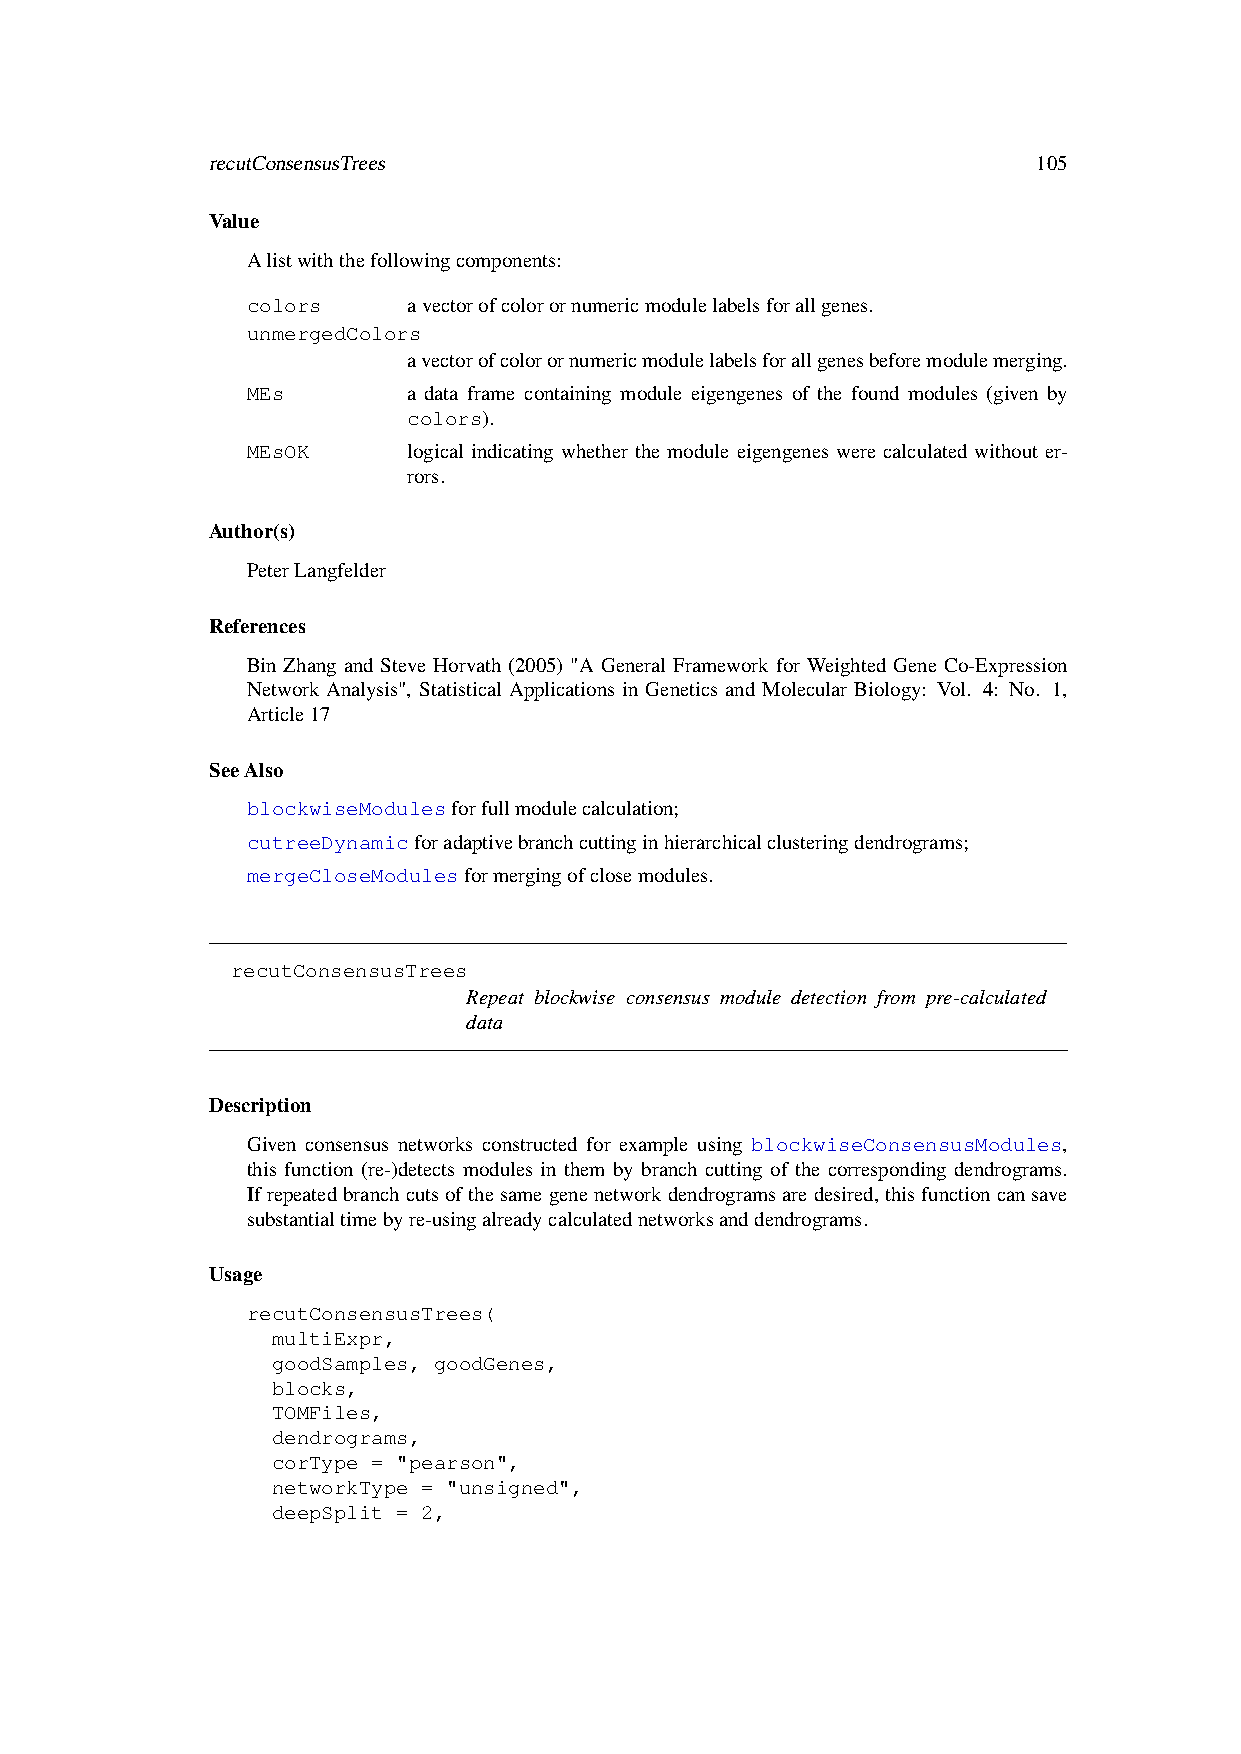
recutConsensusTrees                                    105
 Value
 Alistwiththefollowingcomponents:
 colors     avectorofcolorornumericmodulelabelsforallgenes.
 unmergedColors
 avectorofcolorornumericmodulelabelsforallgenesbeforemodulemerging.
 MEs        a data frame containing module eigengenes of the found modules (given by
 colors).
 MEsOK      logical indicating whether the module eigengenes were calculated without er-
 rors.
 Author(s)
 PeterLangfelder
 References
 Bin Zhang and Steve Horvath (2005) "A General Framework for Weighted Gene Co-Expression
 Network Analysis", Statistical Applications in Genetics and Molecular Biology: Vol. 4: No. 1,
 Article17
 SeeAlso
 blockwiseModulesforfullmodulecalculation;
 cutreeDynamicforadaptivebranchcuttinginhierarchicalclusteringdendrograms;
 mergeCloseModulesformergingofclosemodules.
 recutConsensusTrees
 Repeat blockwise consensus module detection from pre-calculated
 data
 Description
 Given consensus networks constructed for example using blockwiseConsensusModules,
 this function (re-)detects modules in them by branch cutting of the corresponding dendrograms.
 Ifrepeatedbranchcutsofthesamegenenetworkdendrogramsaredesired, thisfunctioncansave
 substantialtimebyre-usingalreadycalculatednetworksanddendrograms.
 Usage
 recutConsensusTrees(
 multiExpr,
 goodSamples, goodGenes,
 blocks,
 TOMFiles,
 dendrograms,
 corType = "pearson",
 networkType = "unsigned",
 deepSplit = 2,